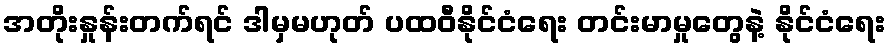
အတိုးနှုန်းတက်ရင် ဒါမှမဟုတ် ပထဝီနိုင်ငံရေး တင်းမာမှုတွေနဲ့ နိုင်ငံရေး